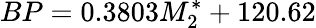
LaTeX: BP=0.3803M_{2}^{*}+120.62